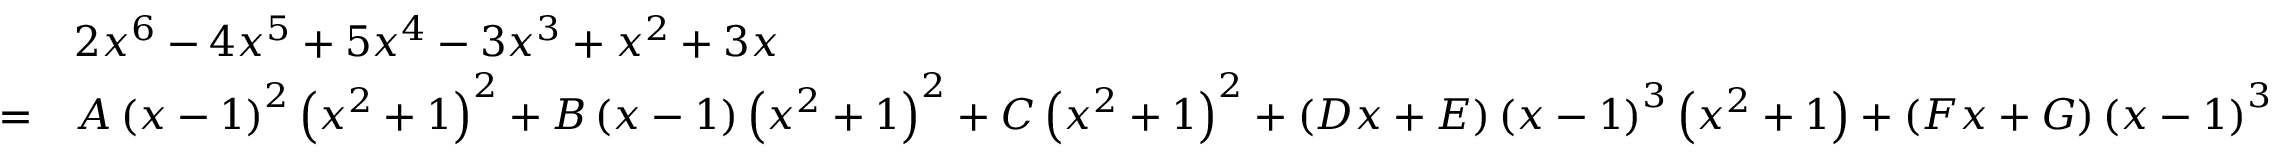
{ \begin{array} { r l } & { 2 x ^ { 6 } - 4 x ^ { 5 } + 5 x ^ { 4 } - 3 x ^ { 3 } + x ^ { 2 } + 3 x } \\ { = } & { A \left( x - 1 \right) ^ { 2 } \left( x ^ { 2 } + 1 \right) ^ { 2 } + B \left( x - 1 \right) \left( x ^ { 2 } + 1 \right) ^ { 2 } + C \left( x ^ { 2 } + 1 \right) ^ { 2 } + \left( D x + E \right) \left( x - 1 \right) ^ { 3 } \left( x ^ { 2 } + 1 \right) + \left( F x + G \right) \left( x - 1 \right) ^ { 3 } } \end{array} }